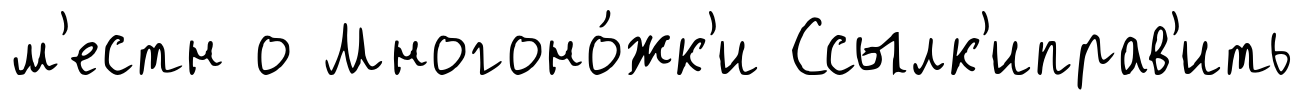
м'естн о Многоно́жк'и Ссылк'иправ'ить